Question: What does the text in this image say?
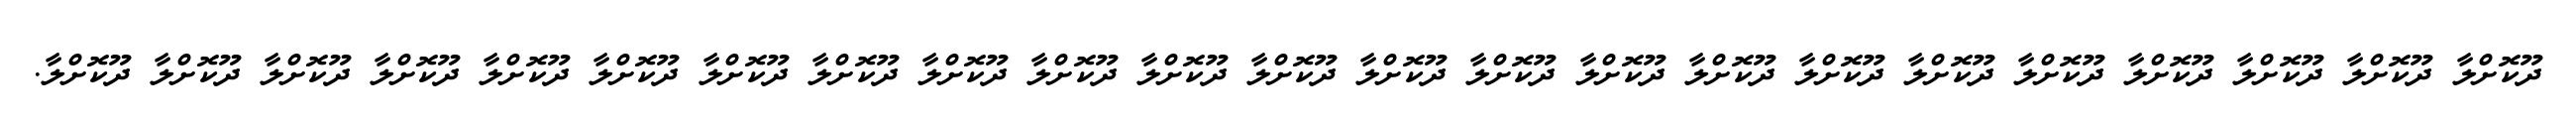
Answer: ދޫކޮށްލާ ދޫކޮށްލާ ދޫކޮށްލާ ދޫކޮށްލާ ދޫކޮށްލާ ދޫކޮށްލާ ދޫކޮށްލާ ދޫކޮށްލާ ދޫކޮށްލާ ދޫކޮށްލާ ދޫކޮށްލާ ދޫކޮށްލާ ދޫކޮށްލާ ދޫކޮށްލާ ދޫކޮށްލާ ދޫކޮށްލާ ދޫކޮށްލާ ދޫކޮށްލާ ދޫކޮށްލާ ދޫކޮށްލާ ދޫކޮށްލާ ދޫކޮށްލާ ދޫކޮށްލާ.